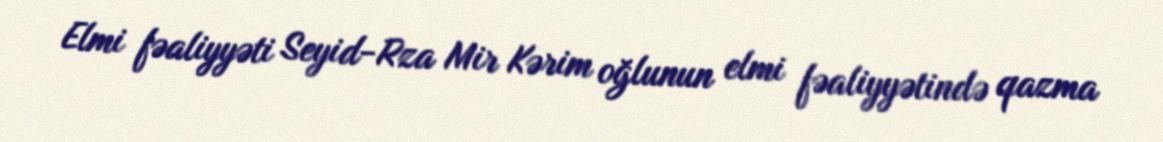
Elmi fəaliyyəti Seyid-Rza Mir Kərim oğlunun elmi fəaliyyətində qazma